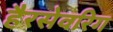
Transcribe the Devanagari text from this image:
हैरसेवरिग